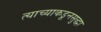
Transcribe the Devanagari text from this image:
त्याच्याकडूनसुद्धा